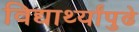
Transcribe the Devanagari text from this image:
विद्यार्थ्यांपुढे